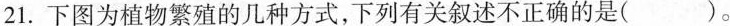
21. 下图为植物繁殖的几种方式，下列有关叙述不正确的是( )。